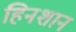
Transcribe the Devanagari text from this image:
हिनशान